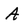
Character: A